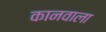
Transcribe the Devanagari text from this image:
कानवाला